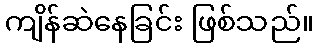
ကျိန်ဆဲနေခြင်း ဖြစ်သည်။